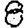
Digit: 8